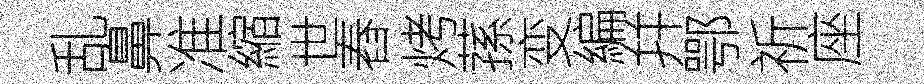
乱鼻准縮世舂烤蓀变編幷鄂祈座